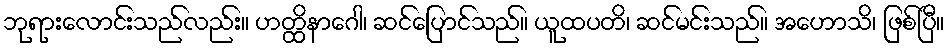
ဘုရားလောင်းသည်လည်း။ ဟတ္ထိနာဂေါ၊ ဆင်ပြောင်သည်။ ယူထပတိ၊ ဆင်မင်းသည်။ အဟောသိ၊ ဖြစ်ပြီ။